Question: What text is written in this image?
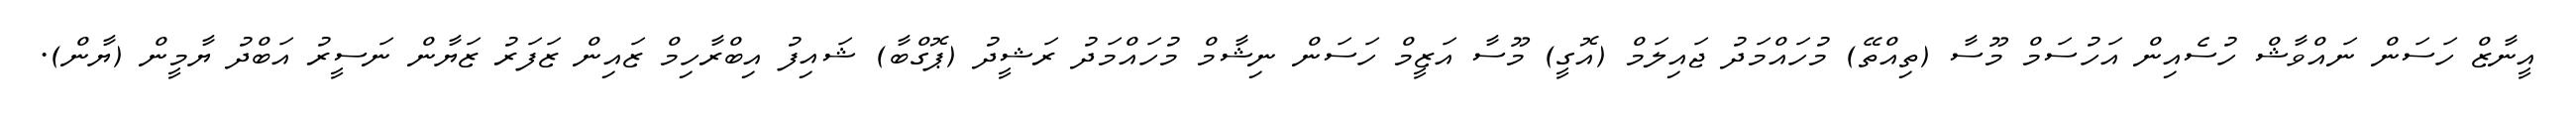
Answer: އީނާޒް ހަސަން ނައްވާޝް ހުސެއިން އަހުސަމް މޫސާ (ތިއްތޭ) މުހައްމަދު ޖައިލަމް (އޮގީ) މޫސާ އަޒީމް ހަސަން ނިޝާމް މުހައްމަދު ރަޝީދު (ޕޮގްބާ) ޝައިފު އިބްރާހިމް ޒައިން ޒަފަރު ޒަޔާން ނަސީރު އަބްދު ޔާމީން (ޔާން).